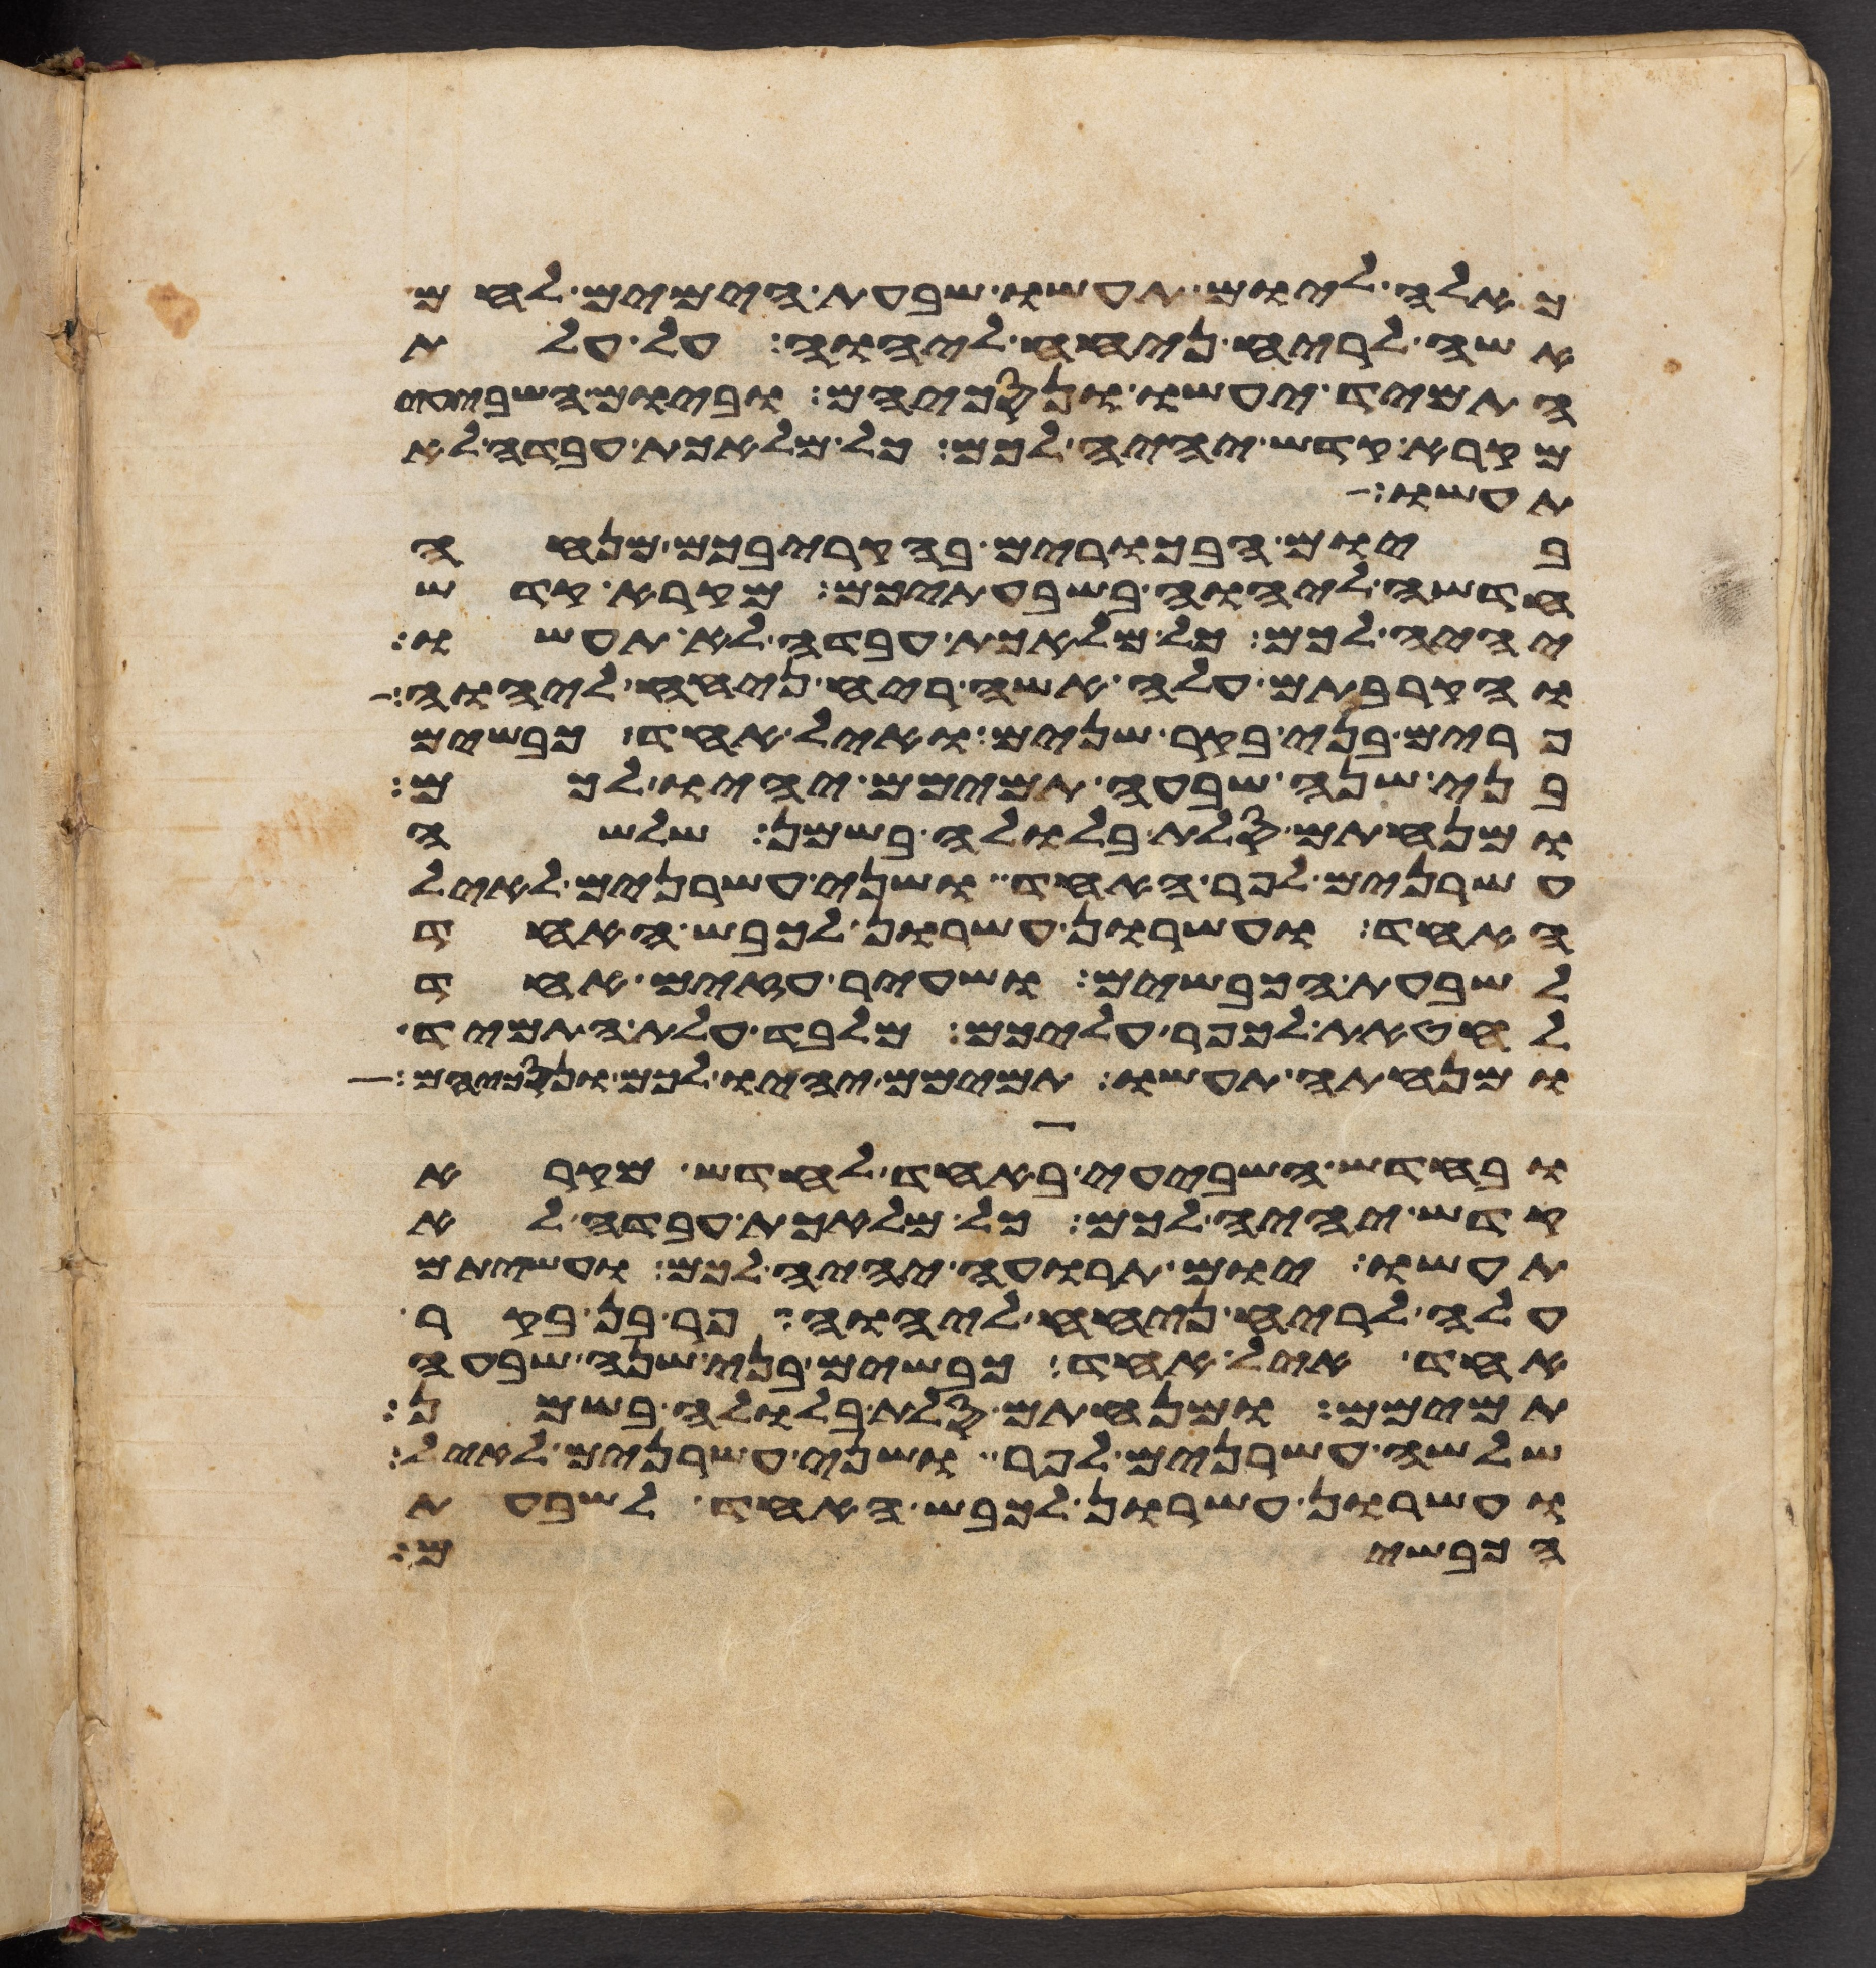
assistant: כאלה ליום תעשו שבעת הימים לחם
אשה לריח ניחח ליהוה על עלת
התמיד יעשו ונסכיהם וביום השביעי
מקרא קדש יהיה לכם כל מלאכת עבדה לא
תעשו
ביום הבכרים בהקריבכם מנחה
חדשה ליהוה בשבעתיכם מקרא קדש
יהיה לכם כל מלאכת עבדה לא תעשו
והקרבתם עלה אשה ריח ניחח ליהוה
פרים בני בקר שנים ואיל אחד כבשים
בני שנה שבעה תמימם יהיו לכם
ומנחתם סלת בלולה בשמן שלשה
עשרנים לפר האחד ושני עשרנים לאיל
האחד ועשרון עשרון לכבש האחד
לשבעת הכבשים ושעיר עזים אחד
לחטאת לכפר עליכם מלבד עלת התמיד
ומנחתה תעשו תמימם יהיו לכם ונסכיהם
ובחדש השביעי באחד לחדש מקרא
קדש יהיה לכם כל מלאכת עבדה לא
תעשו יום תרועה יהיה לכם ועשיתם
עלה לריח ניחח ליהוה פר בן בקר
אחד איל אחד כבשים בני שנה שבעה
תמימם ומנחתם סלת בלולה בשמן
שלשה עשרנים לפר ושני עשרנים לאיל
ועשרון עשרון לכבש האחד לשבעת
הכבשים